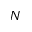
N